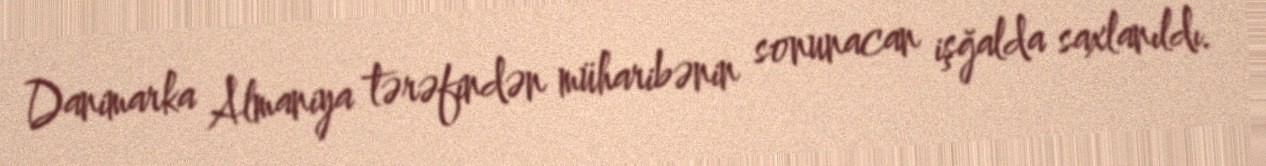
Danimarka Almaniya tərəfindən müharibənin sonunacan işğalda saxlanıldı.